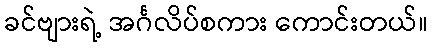
ခင်ဗျားရဲ့ အင်္ဂလိပ်စကား ကောင်းတယ်။